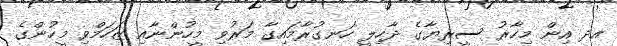
އދ އިން މިހާރު ސީރިޔާގެ ދާހިލީ ހަނގުރާމައިގާ މަރުވި މީހުންނާއި ޒަހަމްވި މީހުންގެ